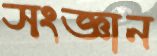
সংজ্ঞান